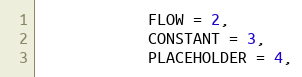
Language: C
            FLOW = 2,
            CONSTANT = 3,
            PLACEHOLDER = 4,